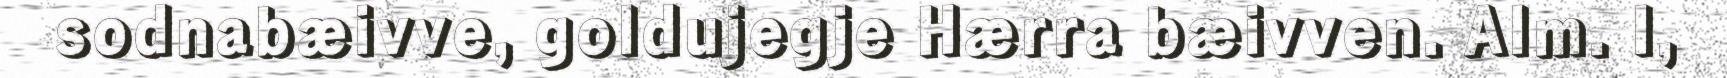
sodnabæivve, goldujegje Hærra bæivven. Alm. I,